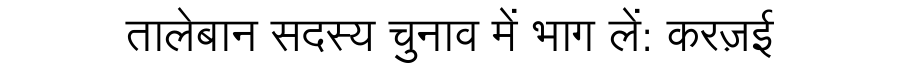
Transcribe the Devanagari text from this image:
तालेबान सदस्य चुनाव में भाग लें: करज़ई